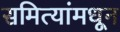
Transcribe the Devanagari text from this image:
समित्यांमधून